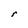
Character: r